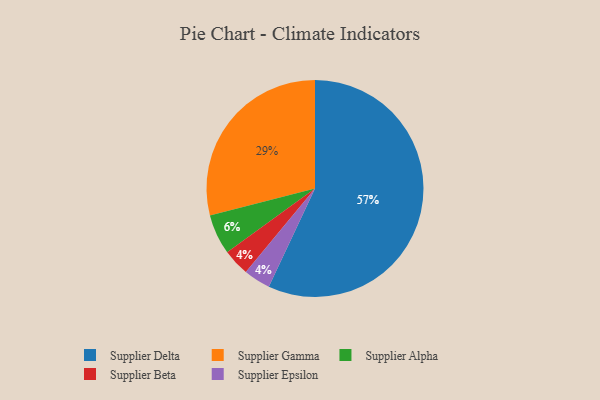
{"axis": {"x": "Category", "y": "Percentage"}, "legend": ["Supplier Alpha", "Supplier Beta", "Supplier Delta", "Supplier Epsilon", "Supplier Gamma"], "data": [{"x": "Supplier Gamma", "y": 29, "type": "Supplier Gamma"}, {"x": "Supplier Alpha", "y": 6, "type": "Supplier Alpha"}, {"x": "Supplier Beta", "y": 4, "type": "Supplier Beta"}, {"x": "Supplier Delta", "y": 57, "type": "Supplier Delta"}, {"x": "Supplier Epsilon", "y": 4, "type": "Supplier Epsilon"}]}